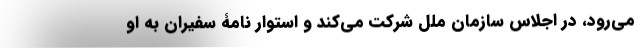
می‌رود، در اجلاس سازمان ملل شرکت می‌کند و استوار نامۀ سفیران به او